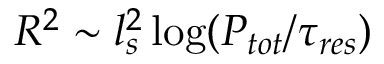
R ^ { 2 } \sim l _ { s } ^ { 2 } \log ( P _ { t o t } / \tau _ { r e s } )